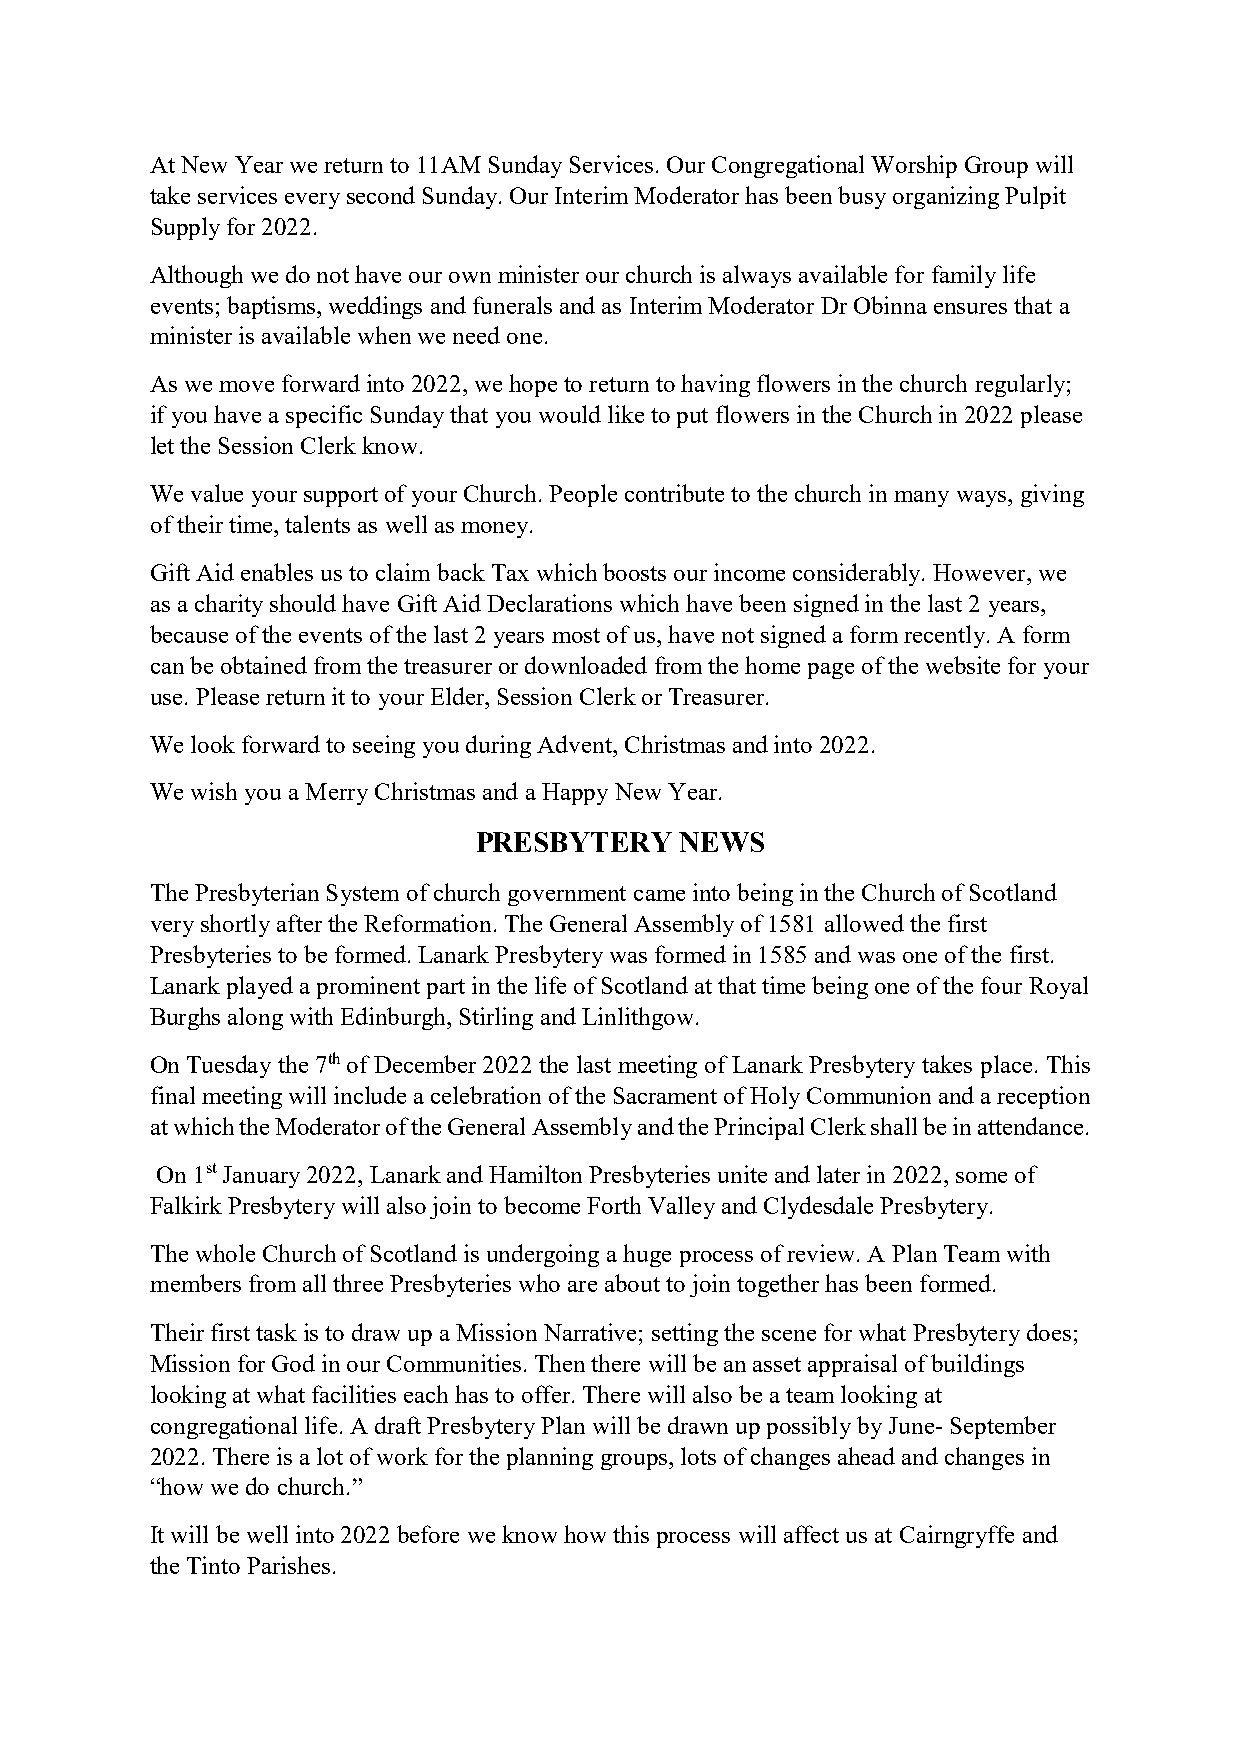
At New Year we return to 11AM Sunday Services. Our Congregational Worship Group will
 take services every second Sunday. Our Interim Moderator has been busy organizing Pulpit
 Supply for 2022.
 Although we do not have our own minister our church is always available for family life
 events; baptisms, weddings and funerals and as Interim Moderator Dr Obinna ensures that a
 minister is available when we need one.
 As we move forward into 2022, we hope to return to having flowers in the church regularly;
 if you have a specific Sunday that you would like to put flowers in the Church in 2022 please
 let the Session Clerk know.
 We value your support of your Church. People contribute to the church in many ways, giving
 of their time, talents as well as money.
 Gift Aid enables us to claim back Tax which boosts our income considerably. However, we
 as a charity should have Gift Aid Declarations which have been signed in the last 2 years,
 because of the events of the last 2 years most of us, have not signed a form recently. A form
 can be obtained from the treasurer or downloaded from the home page of the website for your
 use. Please return it to your Elder, Session Clerk or Treasurer.
 We look forward to seeing you during Advent, Christmas and into 2022.
 We wish you a Merry Christmas and a Happy New Year.
 PRESBYTERY    NEWS
 The Presbyterian System of church government came into being in the Church of Scotland
 very shortly after the Reformation. The General Assembly of 1581 allowed the first
 Presbyteries to be formed. Lanark Presbytery was formed in 1585 and was one of the first.
 Lanark played a prominent part in the life of Scotland at that time being one of the four Royal
 Burghs along with Edinburgh, Stirling and Linlithgow.
 On Tuesday the 7th of December 2022 the last meeting of Lanark Presbytery takes place. This
 final meeting will include a celebration of the Sacrament of Holy Communion and a reception
 at which the Moderator of the General Assembly and the Principal Clerk shall be in attendance.
 On 1st January 2022, Lanark and Hamilton Presbyteries unite and later in 2022, some of
 Falkirk Presbytery will also join to become Forth Valley and Clydesdale Presbytery.
 The whole Church of Scotland is undergoing a huge process of review. A Plan Team with
 members from all three Presbyteries who are about to join together has been formed.
 Their first task is to draw up a Mission Narrative; setting the scene for what Presbytery does;
 Mission for God in our Communities. Then there will be an asset appraisal of buildings
 looking at what facilities each has to offer. There will also be a team looking at
 congregational life. A draft Presbytery Plan will be drawn up possibly by June- September
 2022. There is a lot of work for the planning groups, lots of changes ahead and changes in
 “how we do church.”
 It will be well into 2022 before we know how this process will affect us at Cairngryffe and
 the Tinto Parishes.